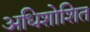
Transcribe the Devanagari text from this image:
अधिशोशित